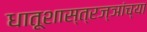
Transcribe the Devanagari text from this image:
धातूशास्त्रज्ञांच्या